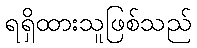
ရရှိထားသူဖြစ်သည်